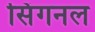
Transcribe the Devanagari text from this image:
सिंगनल